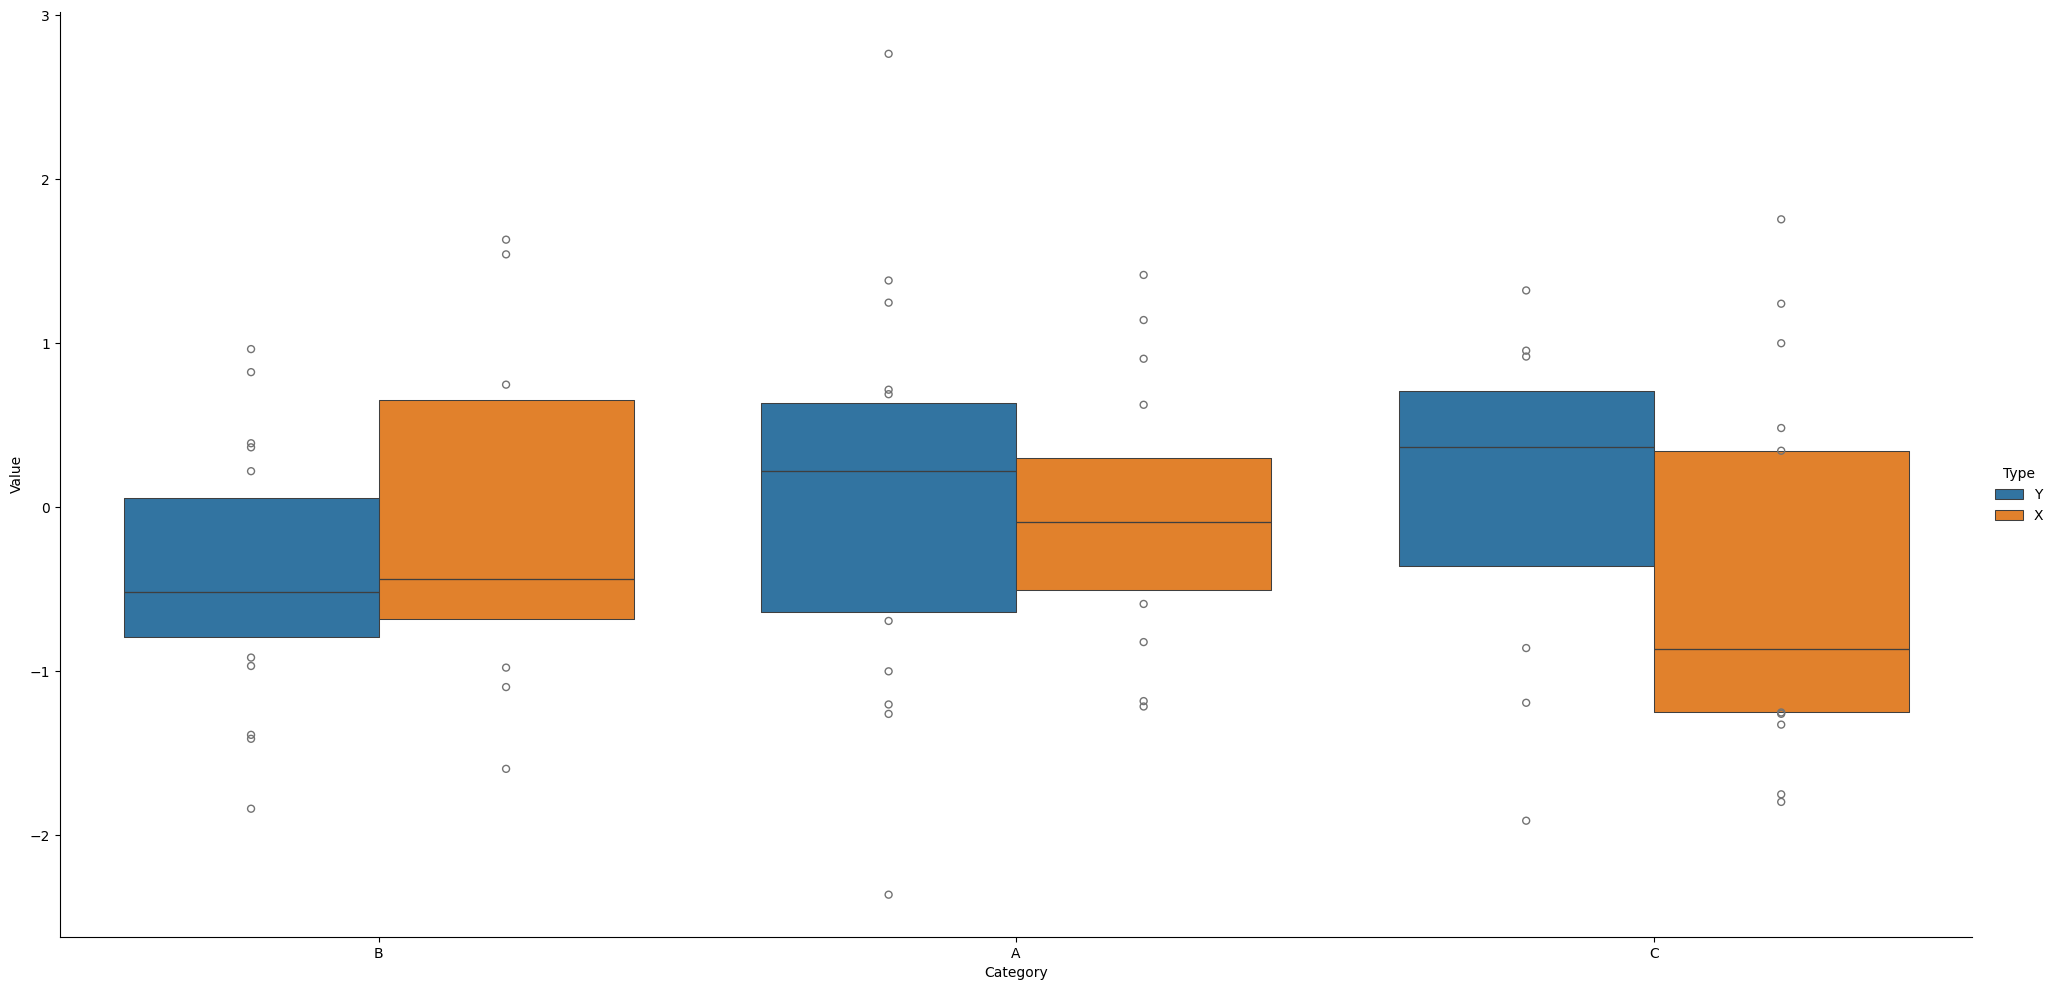
python, seaborn, catplot, kind='boxen', height=10, aspect=2